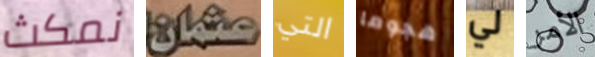
نمكث عثمان التي هجوما لي الأمر